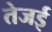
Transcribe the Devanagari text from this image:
तेजई